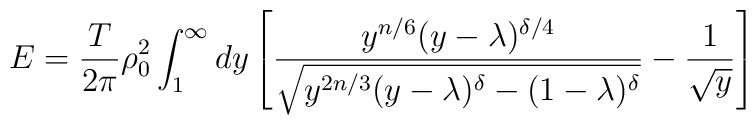
E ={\frac{ T }{2 \pi}} \rho_0^2 \int_1^{\infty} dy \left[ {\frac{y^{n/6} (y- \lambda)^{\delta/4} }{\sqrt{ y^{2n/3} (y -\lambda)^{\delta} - (1 -\lambda)^{\delta}}}} - {\frac{1 }{\sqrt{y}}} \right]